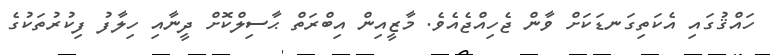
ހައްޤުގައި އެކަތިގަނޑަކަށް ވާން ޖެހިއްޖެއެވެ. މާޒީއިން އިބްރަތް ޙާސިލްކޮށް ދީނާއި ހިލާފު ފިކުރުތަކުގެ